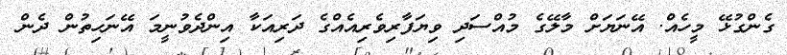
ގެންގުޅޭ މީހެއް. އޭނަޔަށް މާލޭގެ މުއްސަދި ވިޔަފާރިވެރިއެއްގެ ދަރިއަކާ އިންދެވުނީމަ އޭނަހިތުން ދެން